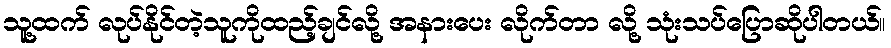
သူ့ထက် လုပ်နိုင်တဲ့သူကိုထည့်ချင်လို့ အနားပေး လိုက်တာ လို့ သုံးသပ်ပြောဆိုပါတယ်။